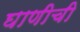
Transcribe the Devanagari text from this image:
घाणीची